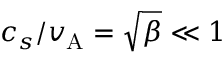
c _ { s } / v _ { \mathrm { A } } = \sqrt { \beta } \ll 1